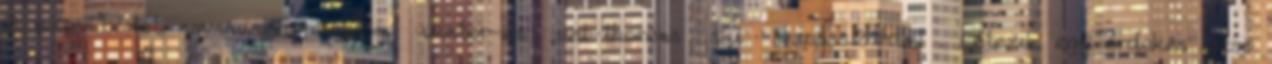
3 völgy bérlet, www.valthorens.com winter-en val-thorens ski skipass.21.html . Létezik egy érdekes olcsó